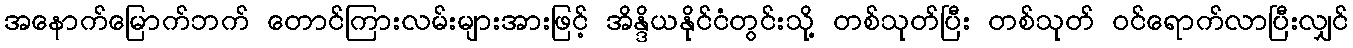
အနောက်မြောက်ဘက် တောင်ကြားလမ်းများအားဖြင့် အိန္ဒိယနိုင်ငံတွင်းသို့ တစ်သုတ်ပြီး တစ်သုတ် ဝင်ရောက်လာပြီးလျှင်